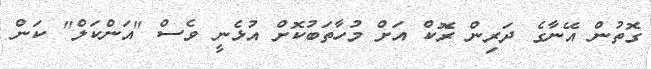
ގޮތުން އޭނާގެ ދަރިން ރޮކް އަށް މުހާތަބުކޮށް އުޅެނީ ވެސް "އަންކަލް" ކަން